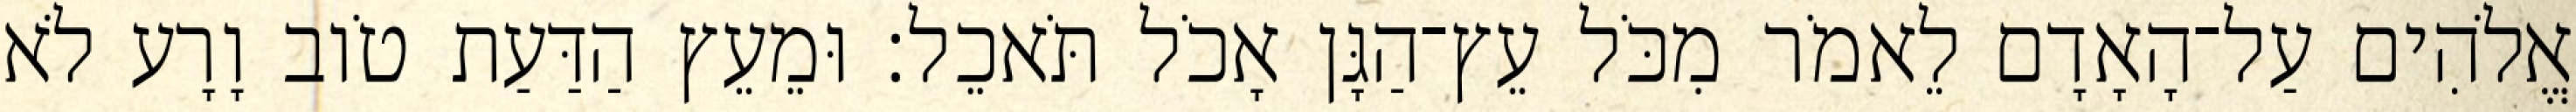
אֱלֹהִים עַל־הָאָדָם לֵאמֹר מִכֹּל עֵץ־הַגָּן אָכֹל תֹּאכֵל׃ וּמֵעֵץ הַדַּעַת טֹוב וָרָע לֹא